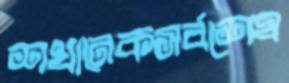
শখানেকসর্বশেষ